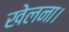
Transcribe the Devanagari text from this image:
खेलना।